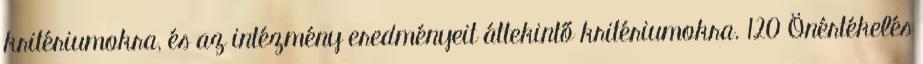
kritériumokra, és az intézmény eredményeit áttekintő kritériumokra. 120 Önértékelés